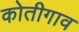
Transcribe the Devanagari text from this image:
कोतीगाव